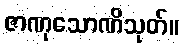
ဇာဏုသောဏိသုတ်။